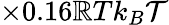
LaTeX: \times0.16\mathbb{R}Tk_{B}\mathcal{{T}}